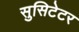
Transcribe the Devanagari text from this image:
सुसिटेटर